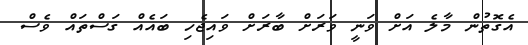
އެގޮތުން މާލެ އަށް ވަނީ ވަރަށް ބާރަށް ވައިޖެހި ބައެއް ގަސްތައް ވެސް